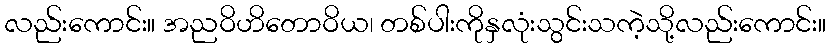
လည်းကောင်း။ အညဝိဟိတောဝိယ၊ တစ်ပါးကိုနှလုံးသွင်းသကဲ့သို့လည်းကောင်း။